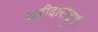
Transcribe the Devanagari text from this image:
खरीदारीसूची